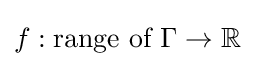
f:{\text{range of }}\Gamma \to \mathbb {R}